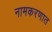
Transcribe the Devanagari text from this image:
नामकरणात